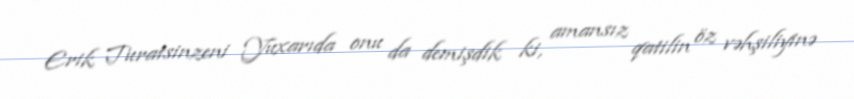
Erik Turatsinzeni Yuxarıda onu da demişdik ki, amansız qatilin öz vəhşiliyinə